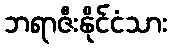
ဘရာဇီးနိုင်ငံသား